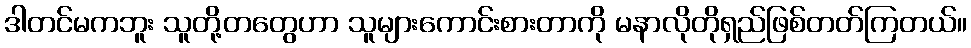
ဒါတင်မကဘူး သူတို့တတွေဟာ သူများကောင်းစားတာကို မနာလိုတိုရှည်ဖြစ်တတ်ကြတယ်။